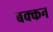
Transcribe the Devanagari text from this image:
बक्कन